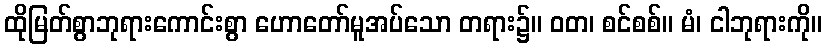
ထိုမြတ်စွာဘုရားကောင်းစွာ ဟောတော်မူအပ်သော တရား၌။ ဝတ၊ စင်စစ်။ မံ၊ ငါဘုရားကို။